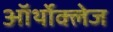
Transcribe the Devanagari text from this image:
ऑर्थोक्लेज